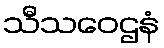
သီသဝေဌနံ